Lunatic asylums United Provinces 1909-1921 - 1909-1921
Year: 1909
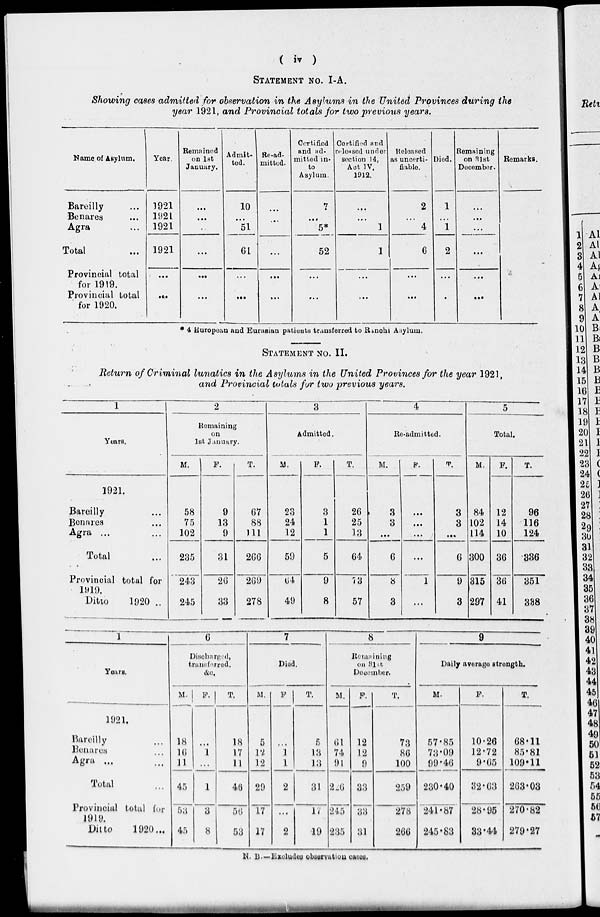
( iv )
STATEMENT NO. I-A.
Showing cases admitted for observation in the Asylums in the United Provinces during the
year 1921, and Provincial totals for two previous years.
Name of Asylum.
Bareilly ...
Benares ...
Agra ...
Total ...
Provincial total
for 1919.
Provincial total
for 1920.
Year.
1921
1921
1921
1921
...
...
Remained
on 1st
January.
...
...
...
...
...
...
Admit-
ted.
10
...
51
61
...
...
Re-ad-
mitted.
...
...
...
...
...
...
Certified
and ad-
mitted in-
to
Asylum.
7
...
5*
52
...
...
Certified and
released under
section 14,
Act IV,
1912.
...
...
1
1
...
...
Released
as uncerti-
fiable.
2
...
4
6
...
...
Died.
1
...
1
2
...
.
Remaining
on 31st
December.
...
...
...
...
...
...
Remarks.
* 4 European and Eurasian patients transferred to Ranchi Asylum.
STATEMENT NO. II.
Return of Criminal lunatics in the Asylums in the United Provinces for the year 1921,
and Provincial totals for two previous years.
1
Years.
1921.
Bareilly ...
Benares ...
Agra ...
Total ...
Provincial total for
1919.
Ditto
1920 ..
2
Remaining
on
1st January.
M.
58
75
102
235
243
245
F.
9
13
9
31
26
33
T.
67
88
111
266
269
278
3
Admitted.
M.
23
24
12
59
64
49
F.
3
1
1
5
9
8
T.
26
25
13
64
73
57
4
Re-admitted.
M.
3
3
...
6
8
3
F.
...
...
...
...
1
...
T.
3
3
...
6
9
3
5
Total.
M.
84
102
114
300
315
297
F.
12
14
10
36
36
41
T.
96
116
124
336
351
338
1
Years.
1921.
Bareilly ...
Benares ...
Agra ... ...
Total ...
Provincial total for
1919.
Ditto
1920 ...
6
Discharged,
transferred.
M.
18
16
11
45
53
45
F.
...
1
...
1
3
8
T.
18
17
11
46
56
53
7
Died.
M.
5
12
12
29
17
17
F.
...
1
1
2
...
2
T.
5
13
13
31
17
19
8
Remiaining
on 31st.
December.
M.
61
74
91
226
245
235
F.
12
12
9
33
33
31
T.
73
86
100
259
278
266
9
Daily average strength.
M.
57.85
73.09
99.46
230.40
241.87
245.83
F.
10.26
12.72
9.65
32.63
28.95
33.44
T.
68.11
85.81
109.11
263.03
270.82
279.27
N. B.—Excludes observation cases.